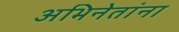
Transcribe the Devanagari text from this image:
अभिनेतांना